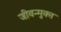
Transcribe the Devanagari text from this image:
जीवन्‍मुक्‍त